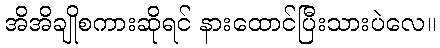
အိအိချိုစကားဆိုရင် နားထောင်ပြီးသားပဲလေ။